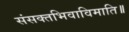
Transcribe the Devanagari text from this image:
संसक्तभिवाविमाति॥